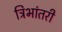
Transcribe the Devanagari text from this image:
त्रिभांतरी